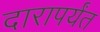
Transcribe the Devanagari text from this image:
दारापर्यंत